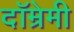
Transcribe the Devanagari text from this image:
दॉम्रेमी